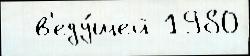
  в'еду́щей 1980